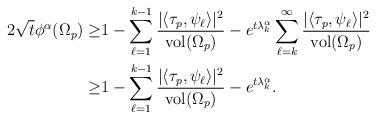
LaTeX: \begin{align*} 2\sqrt{t}\phi^\alpha(\Omega_p)\geq &1-\sum_{\ell=1}^{k-1}\frac{|\langle \tau_p,\psi_\ell\rangle|^2}{\mathrm{vol}(\Omega_p)}-e^{t\lambda_k^\alpha}\sum_{\ell=k}^\infty\frac{|\langle \tau_p,\psi_\ell\rangle|^2}{\mathrm{vol}(\Omega_p)}\\\geq & 1-\sum_{\ell=1}^{k-1}\frac{|\langle \tau_p,\psi_\ell\rangle|^2}{\mathrm{vol}(\Omega_p)}-e^{t\lambda_k^\alpha}.\end{align*}